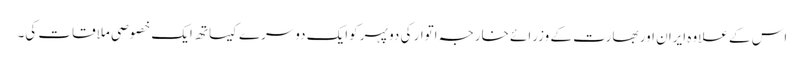
اس کے علاوہ ایران اور بھارت کے وزرائے خارجہ اتوار کی دو پہر کوایک دوسرے کیساتھ ایک خصوصی ملاقات کی۔